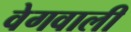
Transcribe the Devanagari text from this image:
वेगवाली